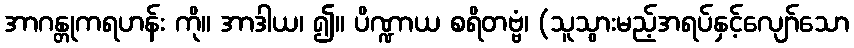
အာဂန္တုကရဟန်း ကို။ အာဒါယ၊ ၍။ ပိဏ္ဍာယ စရိတဗ္ဗံ၊ (သူသွားမည့်အရပ်နှင့်လျော်သော